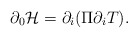
\begin{align*}\partial_0{\cal H} = \partial_i(\Pi \partial_i T).\end{align*}